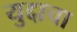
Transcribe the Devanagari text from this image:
युद्दाचा